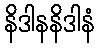
နိဒါနနိဒါနံ